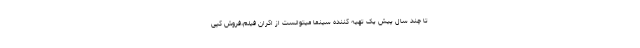
تا چند سال پیش یک تهیه کننده سینما میتوانست از اکران فیلم،فروش کپی